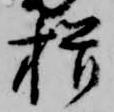
揖